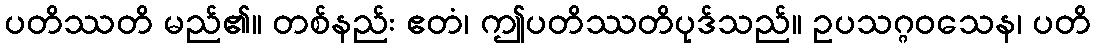
ပတိဿတိ မည်၏။ တစ်နည်း ဧတံ၊ ဤပတိဿတိပုဒ်သည်။ ဥပသဂ္ဂဝသေန၊ ပတိ